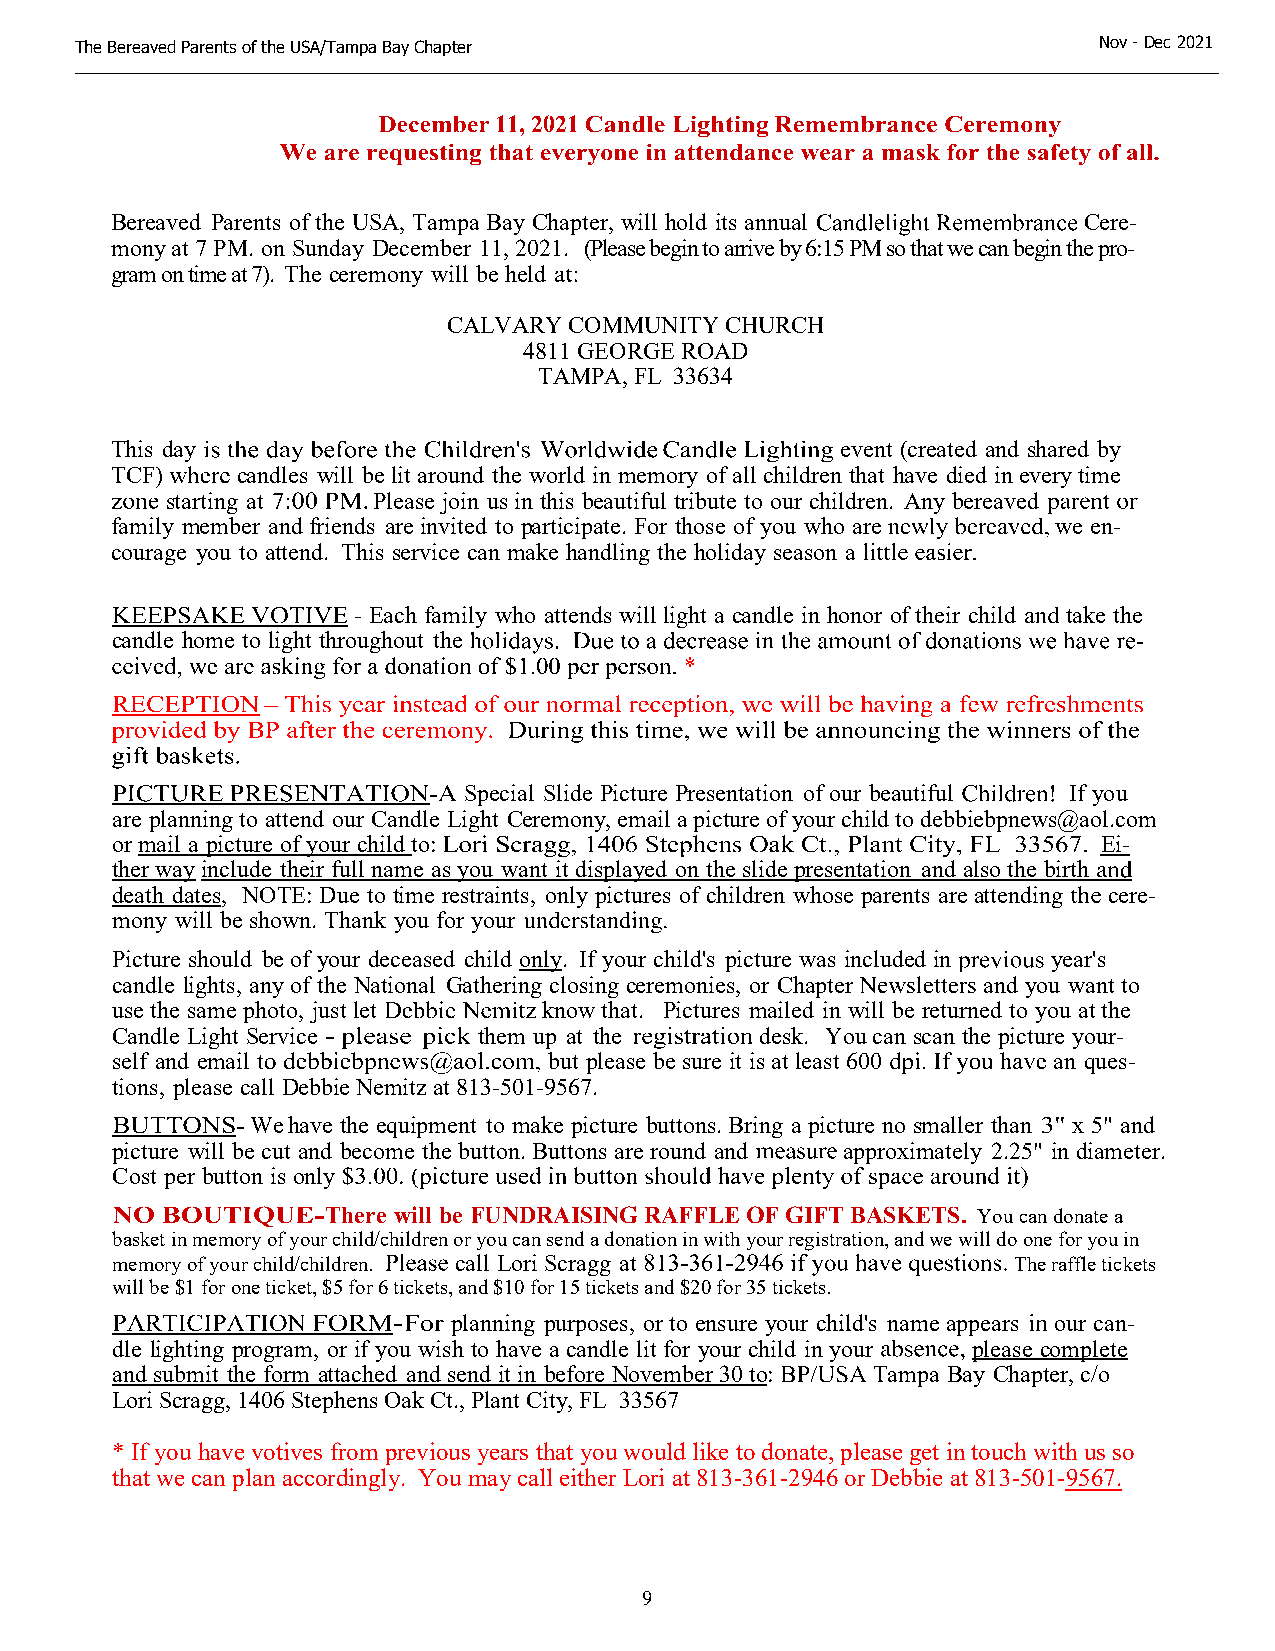
The Bereaved Parents of the USA/Tampa Bay Chapter                   N o v - Dec 2021
 11, 2021
 Bereaved Parents of the USA, Tampa Bay Chapter, will hold its annual Cere-
 mony at 7 PM. on Sunday December 11, 2021. (Please begin to arrive by 6:15 PM so that we can begin the pro-
 gram on time at 7). The ceremony will be held
 CALVARY COMMUNITY CHURCH
 4811 GEORGE ROAD
 TAMPA, FL 33634
 This day                                         event (created and shared by
 TCF)     candles will be lit around the world in memory of all children that have died in every time
 starting at   Please join us in this beautiful tribute to our children. Any bereaved
 family member and friends are invited to participate. For those of you who are we en-
 courage you to attend. This service can make handling the holiday season a
 - Each family who attends will light a candle in honor of their child take the
 candle home to light throughout the
 Special Slide Picture Presentation of our beautiful If you
 are planning to attend our Candle Light Ceremony, email a picture of your child to debbiebpnews@aol.com
 or mail a picture of your child to:                               Ei-
 ther wayinclude their full name as you want it displayed on the slide presentation and also the birth
 death dates, NOTE: Due to time restraints, only pictures of children whose parents are attending cere-
 mony will be shown. Thank you for your
 Picture should be of your deceased child only. If your child's picture was included in year's
 candle lights, any of the National Gathering closing ceremonies, or Chapter and you want to
 use the same photo, just let know that. Pictures mailed in will be returned to you at the
 Candle Light Service     them up at the    desk. You can scan the picture your-
 self and email               but please be sure it is at least 600 an ques-
 tions, please call Debbie Nemitz at 813-501-9567.
 We have the equipment to make picture buttons. Bring a picture no smaller than x 5" and
 picture will be cut and become the button. Buttons are round and approximately 2.25" in diameter.
 Cost per button is only
 There will be FUNDRAISING RAFFLE OF GIFT BASKETS. You can donate a
 basket in memory of your child/children or you can send a donation in with your registration, and we will do one for you in
 memory of your child/children. call Lori Scragg at          The raffle tickets
 will be $1 for one ticket, $5 for 6 tickets, and $10 for 15 tickets and $20 for 35 tickets.
 planning purposes, or to ensure your child's name appears our can-
 dle lighting program, or if you wish to have a candle lit for your child in your please complete
 and submit the form attached and send it in before November 30 to: Tampa Bay Chapter, c/o
 Lori Scragg, 1406 Stephens Oak Ct., Plant City, FL 33567
 * If you have votives from previous years that you would like to donate, please get in touch with us so
 that we can plan accordingly. You may call either Lori at 813-361-2946 or Debbie at 813-501-9567.
 9